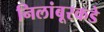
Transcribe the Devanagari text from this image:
निलांबूरकडे